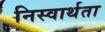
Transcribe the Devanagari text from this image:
निस्वार्थता